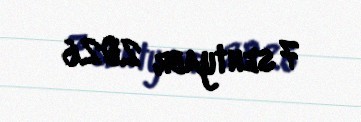
7 sentyabr 2026